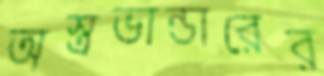
অস্ত্রভান্ডারের